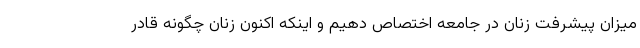
میزان پیشرفت زنان در جامعه اختصاص دهیم و اینکه اکنون زنان چگونه قادر